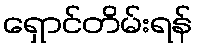
ရှောင်တိမ်းရန်